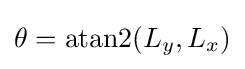
\theta =\operatorname {atan2} (L_{y},L_{x})